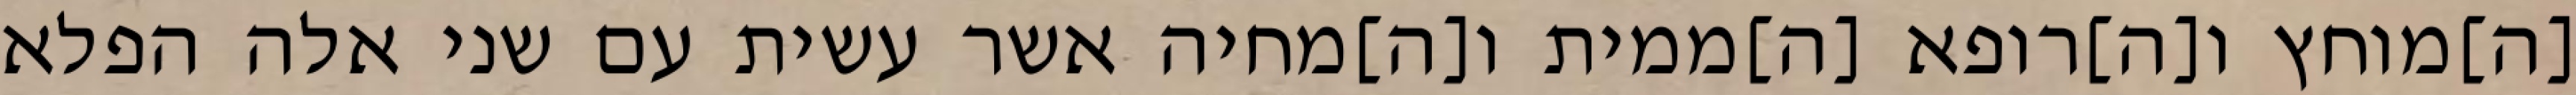
[ה]מוחץ ו[ה]רופא [ה]ממית ו[ה]מחיה אשר עשית עם שני אלה הפלא